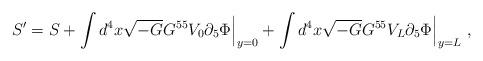
LaTeX: \begin{align*} S'=S+\int d^{4}x\sqrt{-G}G^{55}V_{0}\partial_{5}\Phi\Bigr|_{y=0}+\int d^{4}x\sqrt{-G}G^{55}V_{L}\partial_{5}\Phi\Bigr|_{y=L}\ ,\end{align*}